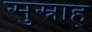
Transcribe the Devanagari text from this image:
सुस्नाह्